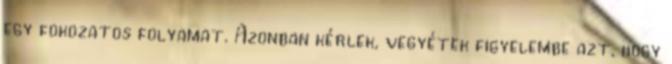
egy fokozatos folyamat. Azonban kérlek, vegyétek figyelembe azt, hogy